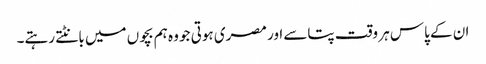
ان کے پاس ہر وقت پتاسے اور مصری ہوتی جو وہ ہم بچوں میں بانٹتے رہتے۔